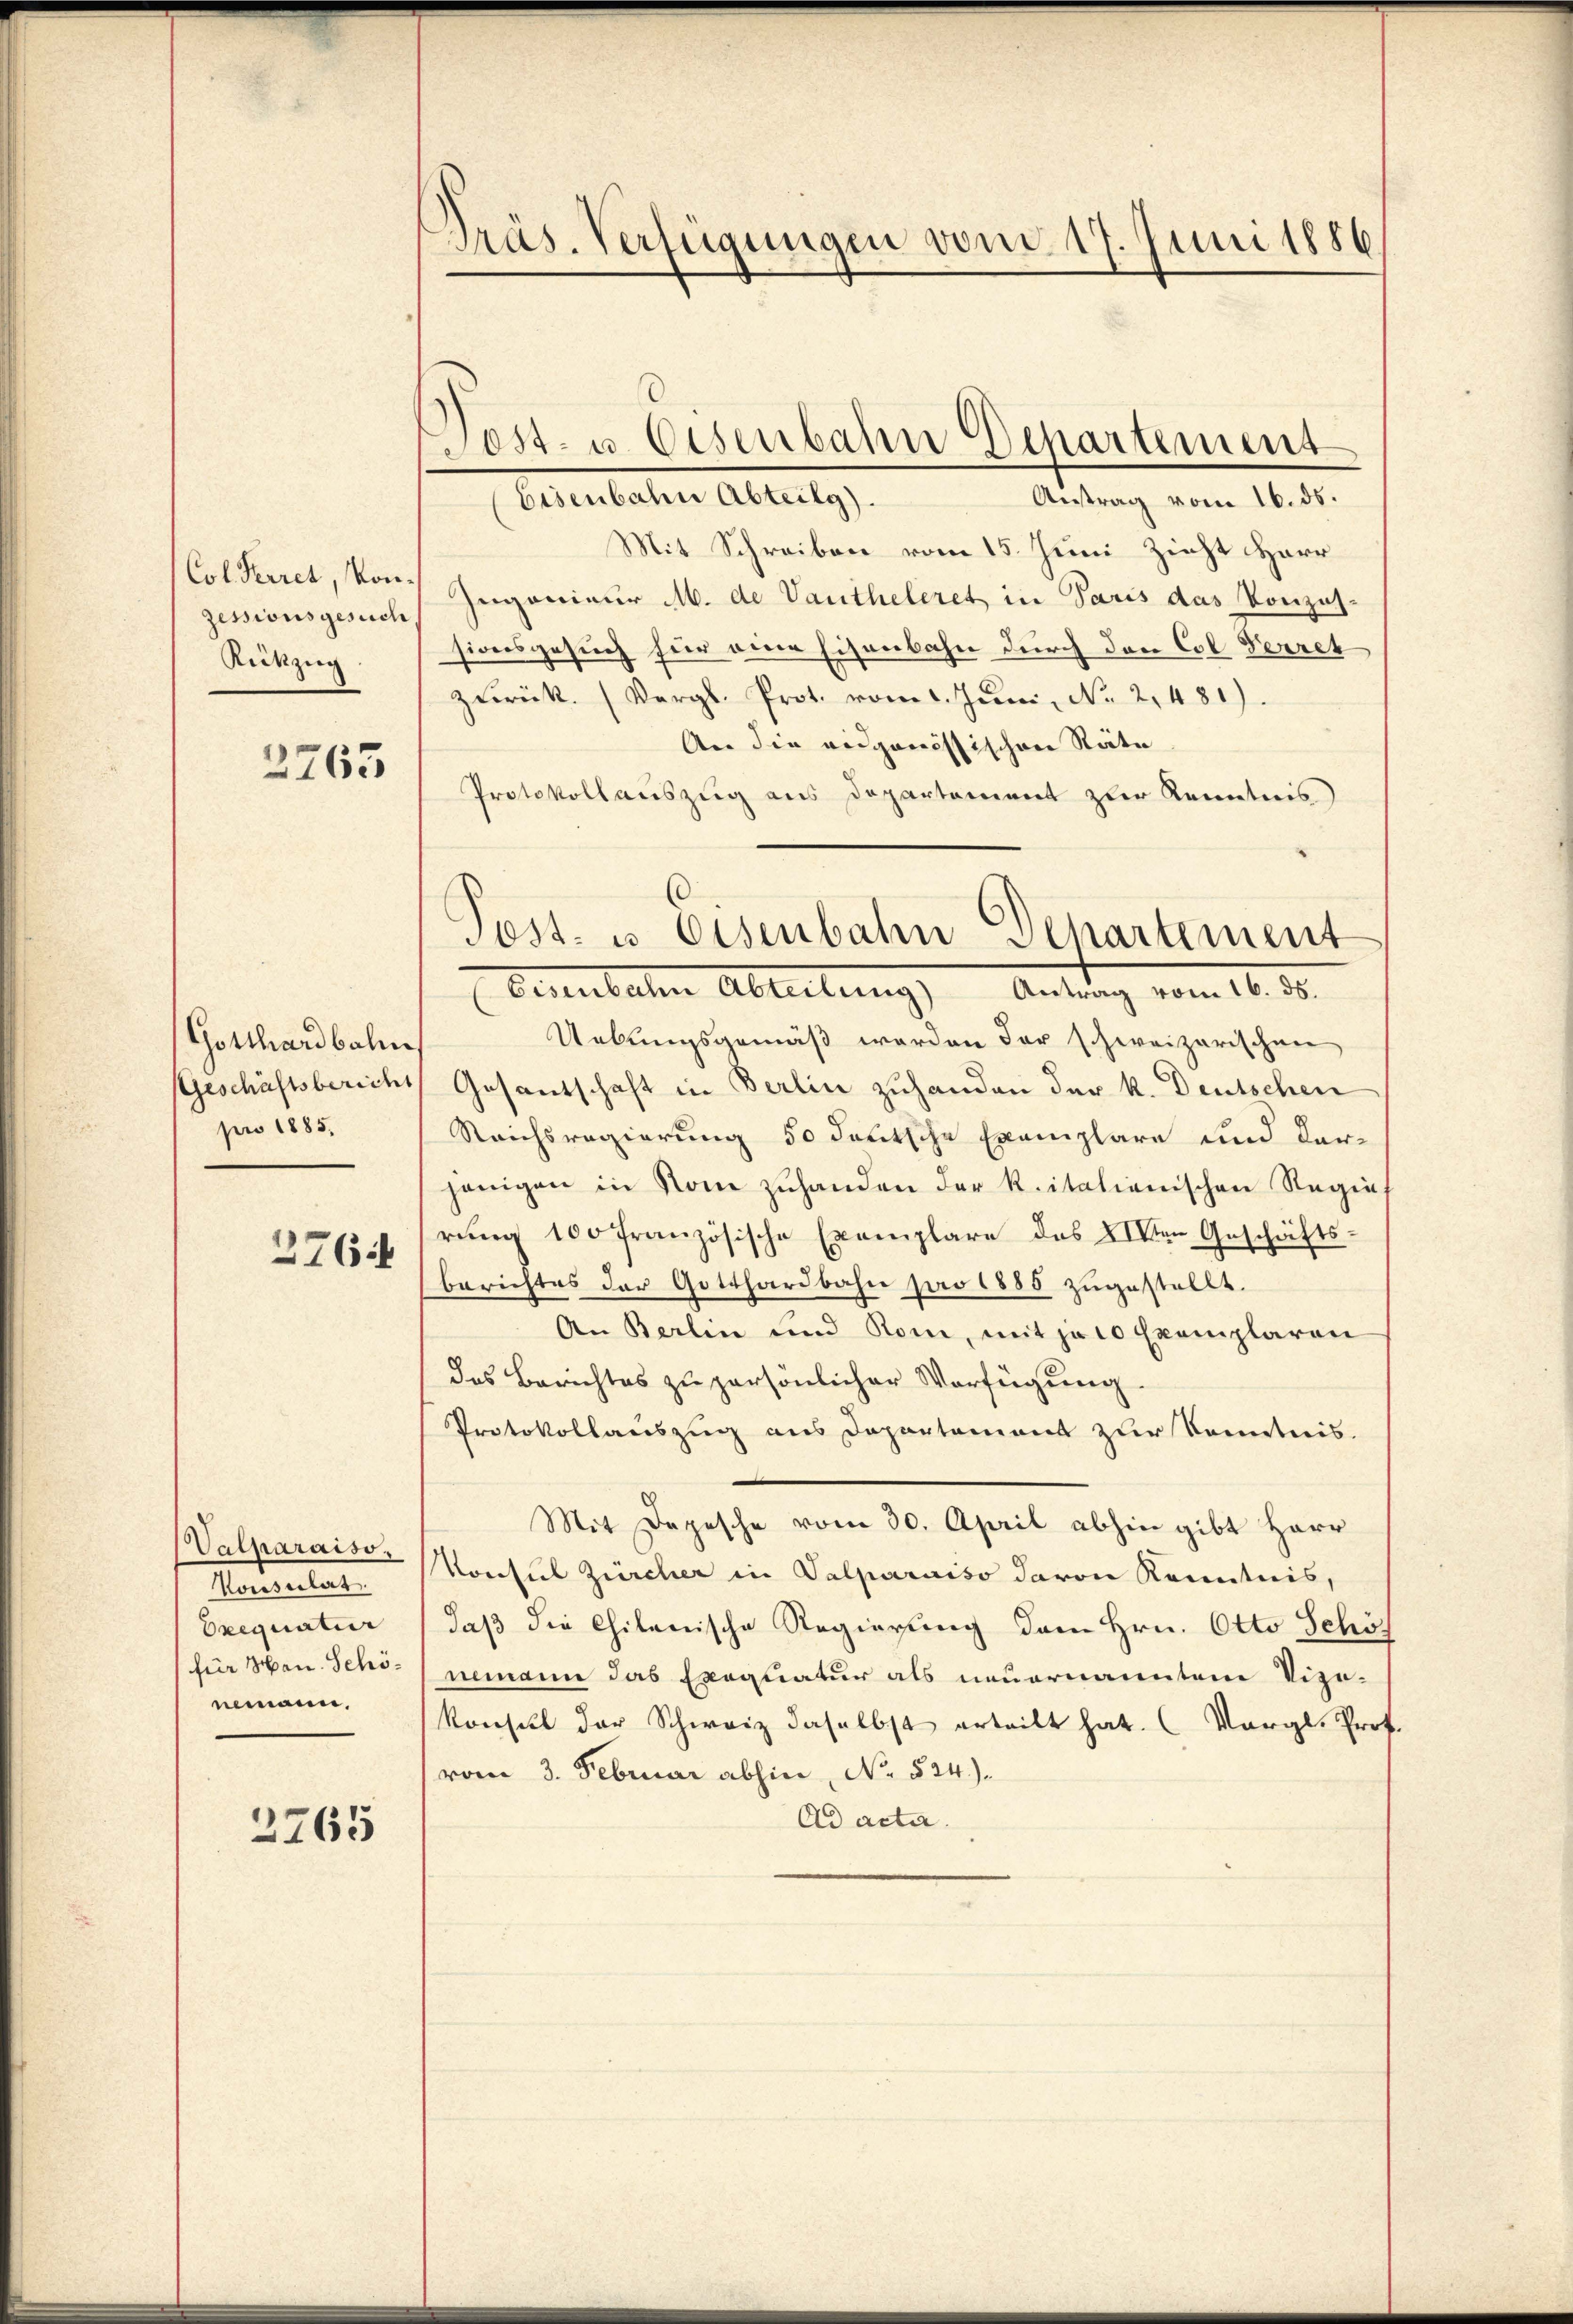
Col. Perret, kon¬
Zessionsgesuch
Rückzug

2763

Gotthardbahn
Geschäftsbericht
pro 1885.

376.

Valparaiso
Konsulat
Orequatur
für Hrn. Schönemann,

2765

Präs. Verfügungen vom 17. Juni 1886

Post- u. Eisenbahn Departement
bisenbahn Abteilg).

Antrag vom 16. ds.
Mit Schreiben vom 15. Juni Zieht Herr
Zugonieur M. de Vautheleret in Paris das Vorzus-
sionsgesuch für eine Eisenbahn durch den Col. Verret
zŭrück. (Vergl. Prot. vom 1. Jŭni No 2,481).
An die eidgenössischen Räte
Protokollauszug aus Departement zur Kenntnis
Uebungsgemäß werden der schweizerischen,
Gesantschaft in Berlin zuhanden der k. Deutschen
Reichsregierung 50 deutsche Exemplare und dar-
jenigen in Rom zuhanden der Ritalienischen Regierŭng 100 französische Exemplare des XIIten Geschäfts-
berichtes der Gotthardbahn pro 1885 zugestellt.
An Berlin und Rom, mit je 10 Exemplaren
des Berichtes zu persönlicher Verfügung
Protokollauszug aus Departement zur Kenntnis.
Mit Depesche vom 30. April abhin gibt Herr
Konsul Zürcher in Valparaiso davon Kenntnis,
daß die Chilenische Regierung dem Hrn. Otto Schö
nemann das Exequatur als neuernanntem Vize-
Konsul der Schweiz daselbst erteilt hat. (Vergl. Prof.
vom 3. Februar abhin, No 524.)
Ad acta.

Post- u. Eisenbahn Departement
Geinbaten Ableitungs Antrag vom 16. 30.